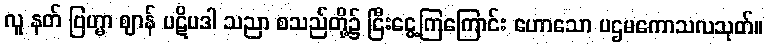
လူ နတ် ဗြဟ္မာ ဈာန် ပဋိပဒါ သညာ စသည်တို့၌ ငြီးငွေ့ကြကြောင်း ဟောသော ပဌမကောသလသုတ်။